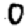
Digit: 0